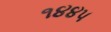
૧૪૪૫